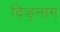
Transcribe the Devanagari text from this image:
दिङ्‌नाग